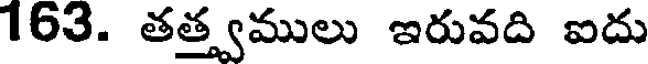
163. తత్త్వములు ఇరువది ఐదు